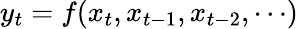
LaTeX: y_{t}=f(x_{t},x_{t-1},x_{t-2},\cdots)